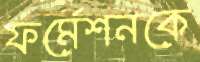
ফর্মেশনকে